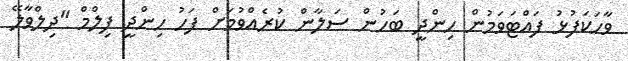
ވާހަކަފުޅު ފައްޓަވަމުން ހިންދީ ބަހުން ސަލާން ކުރެއްވުމަށް ފަހު ހިންދީ ފިލްމް "ދިލްވާލޭ